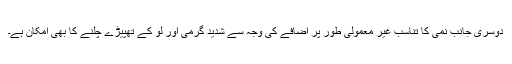
دوسری جانب نمی کا تناسب غیر معمولی طور پر اضافے کی وجہ سے شدید گرمی اور لو کے تھپیڑے چلنے کا بھی امکان ہے۔